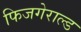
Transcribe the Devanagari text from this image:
फिजगेराल्ड